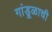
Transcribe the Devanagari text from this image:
गांडूळाची